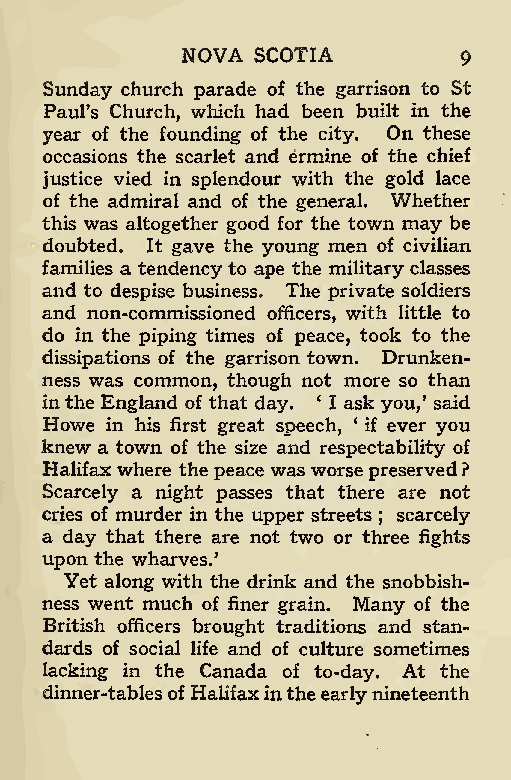
NOVA SCOTIA
 9
 Sunday church parade of the garrison to St
 Paul’s Church, which had been built in the
 year of the founding of the city. On these
 occasions the scarlet and ermine of the chief
 justice vied in splendour with the gold lace
 of the admiral and of the general. Whether
 this was altogether good for the town may be
 doubted. It gave the young men of civilian
 families a tendency to ape the military classes
 and to despise business. The private soldiers
 and non-commissioned officers, with little to
 do in the piping times of peace, took to the
 dissipations of the garrison town. Drunken-
 ness was common, though not more so than
 inthe England of that day. ‘ I ask you,’ said
 Howe in his first great speech, ‘ if ever you
 knew a town of the size and respectability of
 Halifax where the peace was worsepreserved?
 Scarcely a night passes that there are not
 cries of murder in the upper streets scarcely
 ;
 a day that there are not two or three fights
 upon the wharves.’
 Yet along with the drink and the snobbish-
 ness went much of finer grain. Many of the
 British officers brought traditions and stan-
 dards of social life and of culture sometimes
 lacking in the Canada of to-day. At the
 dinner-tablesofHalifaxintheearlynineteenth